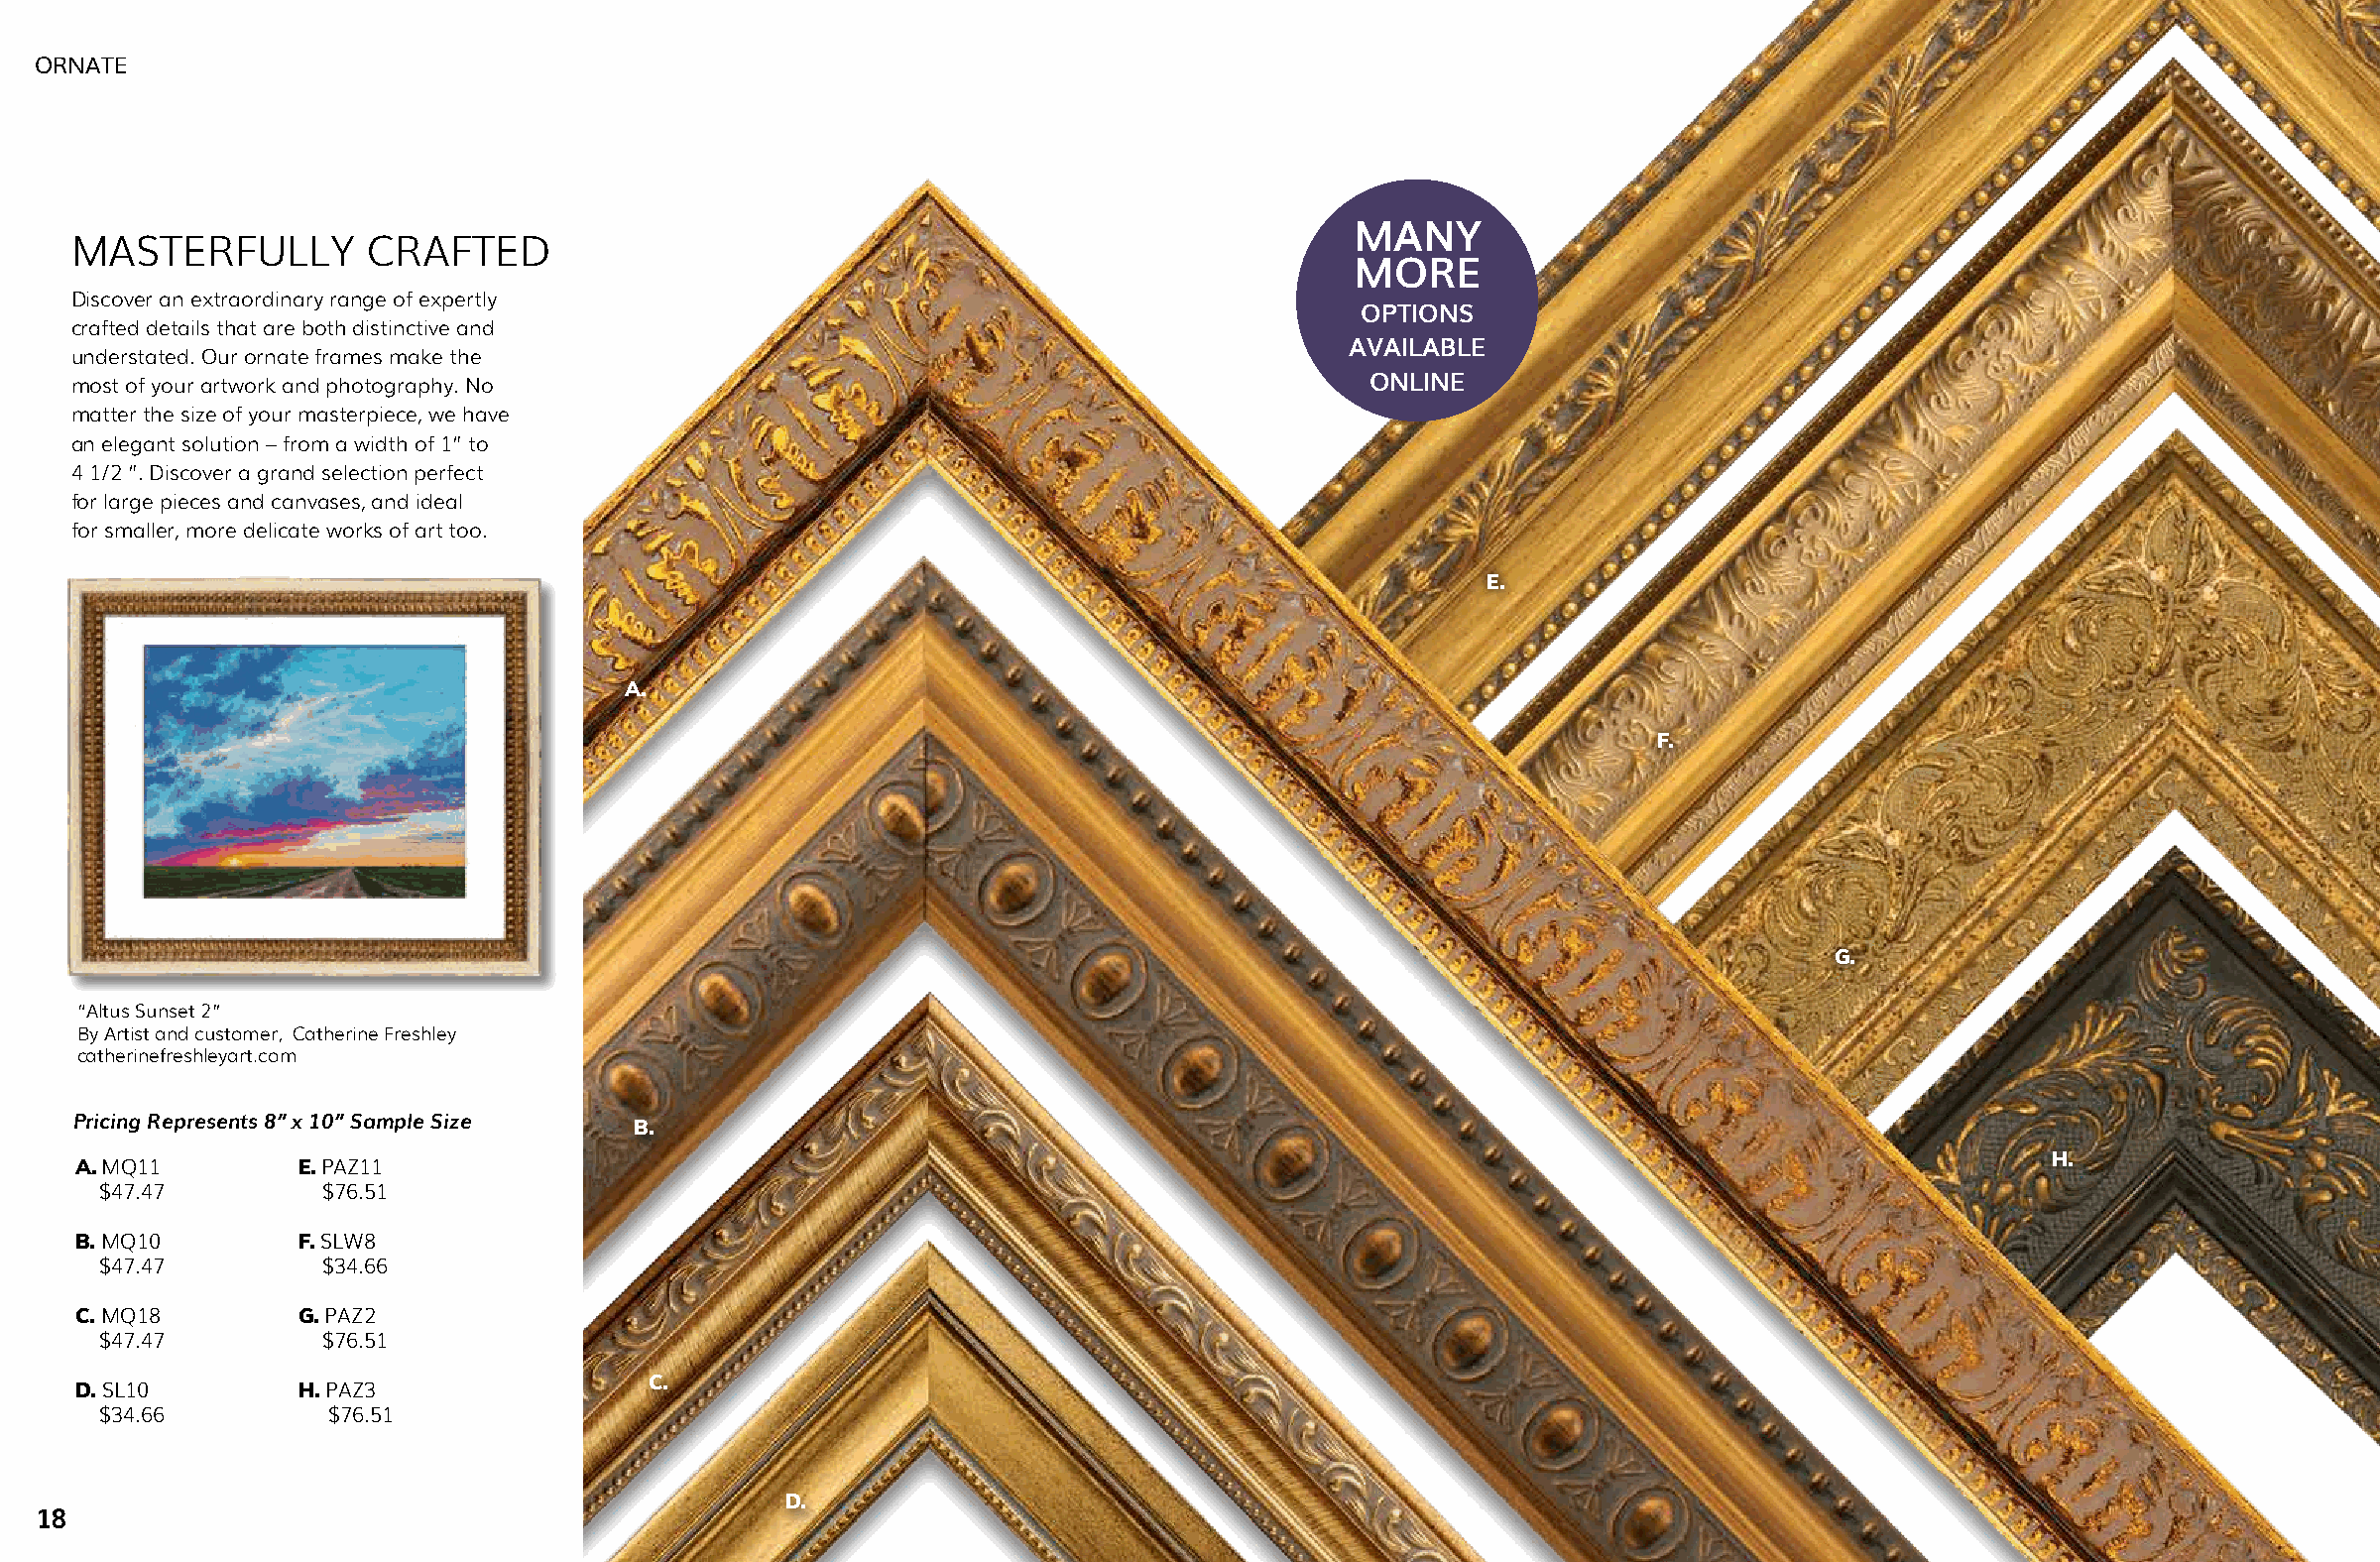
ORNATE
 MANY
 MASTERFULLY         CRAFTED
 MORE
 Discover an extraordinary range of expertly
 OPTIONS
 crafted details that are both distinctive and
 AVAILABLE
 understated. Our ornate frames make the
 most of your artwork and photography. No                                              ONLINE
 matter the size of your masterpiece, we have
 an elegant solution – from a width of 1” to
 4 1/2 ”. Discover a grand selection perfect
 for large pieces and canvases, and ideal
 for smaller, more delicate works of art too.
 E.
 A.
 F.
 G.
 “Altus Sunset 2”
 By Artist and customer, Catherine Freshley
 catherinefreshleyart.com
 Pricing Represents 8” x 10” Sample Size B.
 H.
 A. MQ11        E. PAZ11
 $47.47         $76.51
 B. MQ10        F. SLW8
 $47.47         $34.66
 C. MQ18        G. PAZ2
 $47.47         $76.51
 C.
 D. SL10        H. PAZ3
 $34.66         $76.51
 D.
 18                                                                                                                                                       19